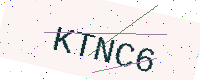
Text: KTNC6